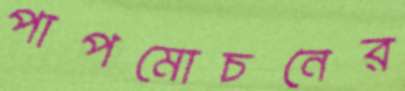
পাপমোচনের